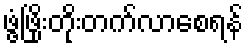
ဖွံ့ဖြိုးတိုးတက်လာစေရန်